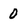
Character: 0